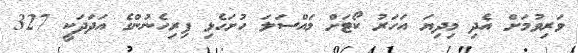
ވަރިވުމަށް އެދި މިދިޔަ އަހަރު ކޯޓަށް މައްސަލަ ހުށަހެޅި ފިރިހެނުންގެ އަދަދަކީ 327